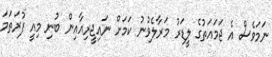
ނަމަވެސް އެ ޖަމައަތުގެ ލީޑަރު މަރާލެވުނު ކަމަށް ނައިޖީރިއާއިން ބުނި މިއީ ފުރަތަމަ